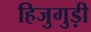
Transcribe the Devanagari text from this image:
हिजुगुड़ी